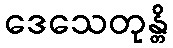
ဒေသေတုန္တိ